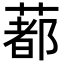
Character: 𦺥